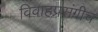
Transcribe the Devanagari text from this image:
विवाहप्रसंगीच